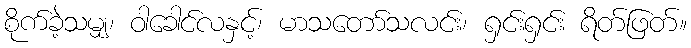
စိုက်ခဲ့သမျှ၊ ဝါခေါင်လနှင့်၊ မာသတော်သလင်း၊ ရှင်းရှင်း ရိတ်ဖြတ်။